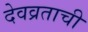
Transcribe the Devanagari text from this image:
देवव्रताची